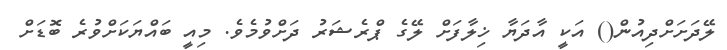
ލޭދަށަށްދިއުން() އަކީ އާދަޔާ ޚިލާފަށް ލޭގެ ޕްރެޝަރު ދަށްވުމެވެ. މިއީ ބައްޔަކަށްވުރެ ބޮޑަށް